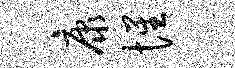
康惺